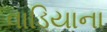
વાડિયાના